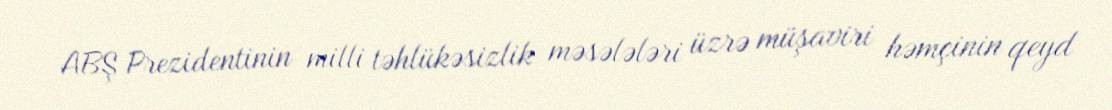
ABŞ Prezidentinin milli təhlükəsizlik məsələləri üzrə müşaviri həmçinin qeyd